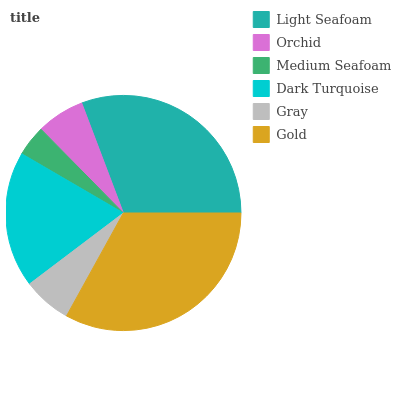
| Light Seafoam | Orchid | Medium Seafoam | Dark Turquoise | Gray | Gold |
 | --- | --- | --- | --- | --- | --- |
 | 30.7% | 6.6% | 4.23% | 18.8% | 6.65% | 33.1% |